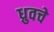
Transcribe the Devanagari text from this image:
ध्रुवचे